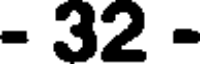
- 32 -